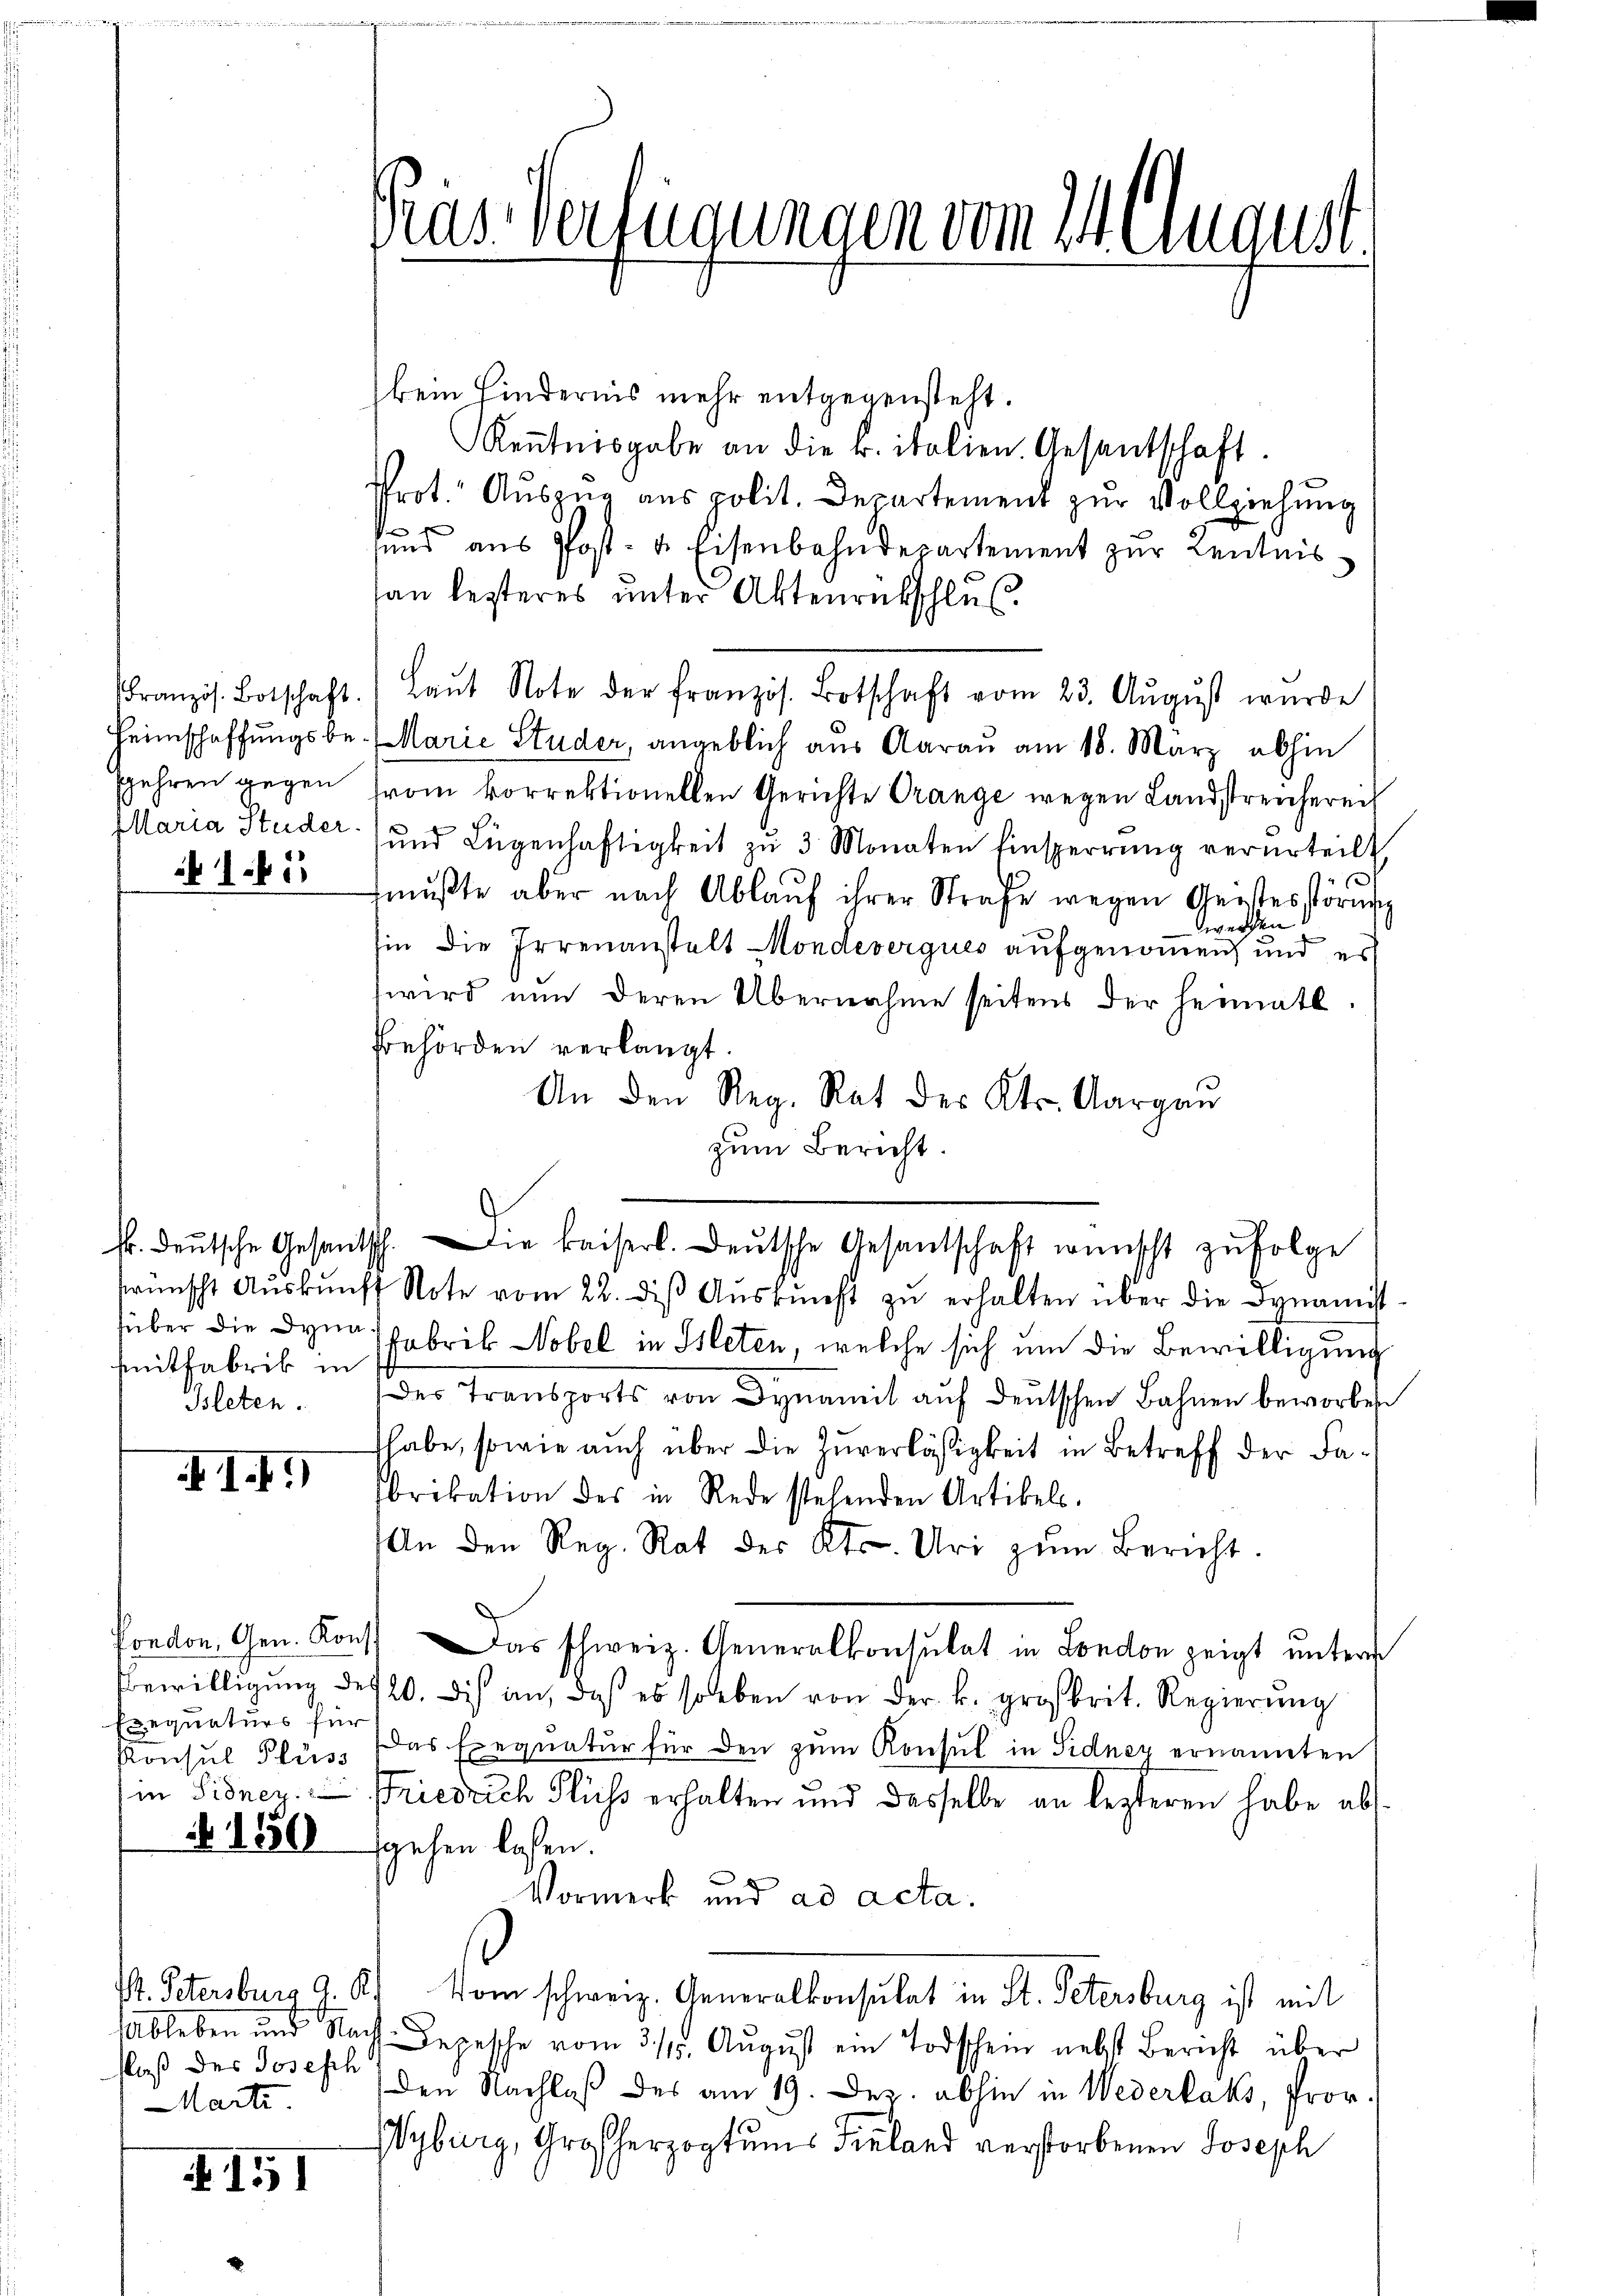
fgehren gegen
165

mitfabrik in
Bleten.

19

Exequaturs für
Konsul Flüss

150

flaß des Josesch
Marti

151

Pras Verfügungen vom 24 August.

kein Hindernis mehr entgegensteht.
Kenntnisgabe an die k. italien. Gesantschaft.
Prot. Auszug aus polit. Departement zur Vollziehung
sund aus Post- & Eisenbahndepartement zur Kenntnisan lezteres ŭnter Aktenrückschluß
Französ. Botschaft. (Laŭt Note der französ. Botschaft vom 23. Aŭgŭst wurde
Heimschaffungsbe- (Marie Studer, angeblich aus Aarau am 18. März abhin
rom korrektionellen Gerichte Prange wegen Landstreichereit
Maria Studer und Lügenhaftigkeit zu 3 Monaten Einsperrung verurteilt
¬
mußte aber nach Ablauf ihrer Strafe wegen Geistesstörung
werden
hin die Irrenanstalt Mondeverques aufgenommen, und es
wird nun deren Übernahme seitens der heimatl
Behörden verlangt.
An den Reg. Rat des Kts. Aargau
zum Bericht.
brünscht Aŭskŭnft Note vom 22. diβ Aŭskŭnft zŭ erhalten über die Dynamist
über die Dynas Fabrik Nobel in Isleten, welche sich um die Bewilligung
des Transports von Dynamit auf deutschen Bahnen beworben
habe, sowie auch über die Zuverlässigkeit in Betreff der Fabrikation des in Rede stehenden Artikel.
An den Reg. Rat des Kts. Uri zŭm Bericht.
Pondon, Gen. Kons. Das schweiz. Generalkonsulat in London zeigt untern
Bewilligung des 20. Dis an, daß es soeben von der k. großbrit. Regierung
Das Exequatur für den zum Konsul in Fidnez ernannten
in Sidner. Friedrich Fluss erhalten und dasselbe an lezteren habe abs
sgehen laßen.
Vormerk und ad acta.
V. Petersburg z. B. Vom schweiz. Generalkonsulat in St. Petersburg ist mit
Ableben und Nach Depesche vom 3./14. Aŭgŭst ein Todschein nebst Bericht über
(den Nachlaß des am 19. Dez. abhin in Wederlaks, Pror
Wyburg, Großherzogtums Fieland verstorbenen Joseph

kr. deŭtsche Gesandtsch. Die kaiserl. Deutsche Gesantschaft wünscht zŭfolge